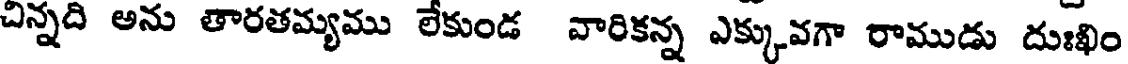
చిన్నది అను తారతమ్యము లేకుండ వారికన్న ఎక్కువగా రాముడు దుఃఖిం